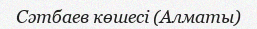
Сәтбаев көшесі (Алматы)